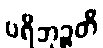
ပရိဘုဉ္ဇတိ